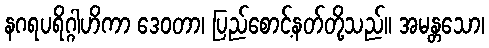
နဂရပရိဂ္ဂါဟိကာ ဒေဝတာ၊ ပြည်စောင့်နတ်တို့သည်။ အမန္တသော၊